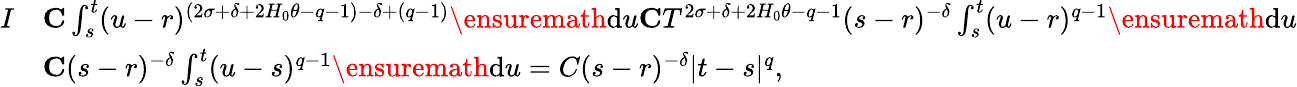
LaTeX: \begin{array}{rl}{I}&{\le C\int_{s}^{t}(u-r)^{(2\sigma+\delta+2H_{0}\theta-q-1)-\delta+(q-1)}\ensuremath{\mathrm{d}}u\le CT^{2\sigma+\delta+2H_{0}\theta-q-1}(s-r)^{-\delta}\int_{s}^{t}(u-r)^{q-1}\ensuremath{\mathrm{d}}u}\\ &{\le C(s-r)^{-\delta}\int_{s}^{t}(u-s)^{q-1}\ensuremath{\mathrm{d}}u=C(s-r)^{-\delta}|t-s|^{q},}\end{array}